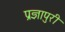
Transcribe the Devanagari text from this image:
प्रज्ञापुरी